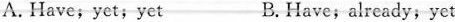
A.Have,yet;yet B.Have; already,yet